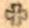
+